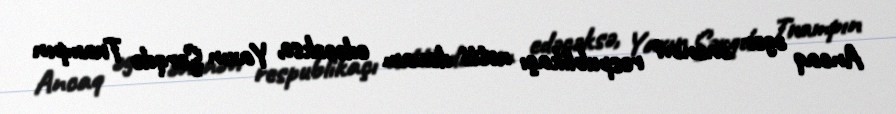
Ancaq əgər ənənəvi respublikaçı xətti davam edəcəksə, Yaxın Şərqdə Trampın